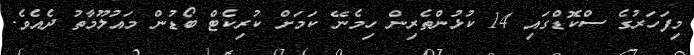
މިފަހަރުގެ ސްކޮޑްގައި 14 ކުޅުންތެރިން ހިމެނޭ ކަމަށް ކުރިކެޓް ބޯޑުން މައުލޫމާތު ދެއެވެ.